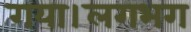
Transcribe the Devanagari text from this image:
गया।लगभग